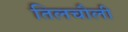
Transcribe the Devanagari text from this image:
तिलचौली